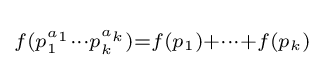
\scriptstyle f(p_{1}^{a_{1}}\cdots p_{k}^{a_{k}})=f(p_{1})+\cdots +f(p_{k})